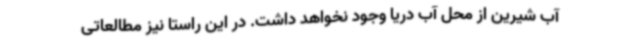
آب شیرین از محل آب دریا وجود نخواهد داشت. در این راستا نیز مطالعاتی